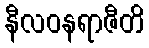
နီလဝနရာဇီတိ